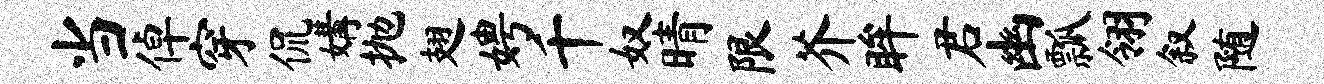
当倬穿侃媾抛翅娉千奴晴限芥眸君幽瓢翎叙随